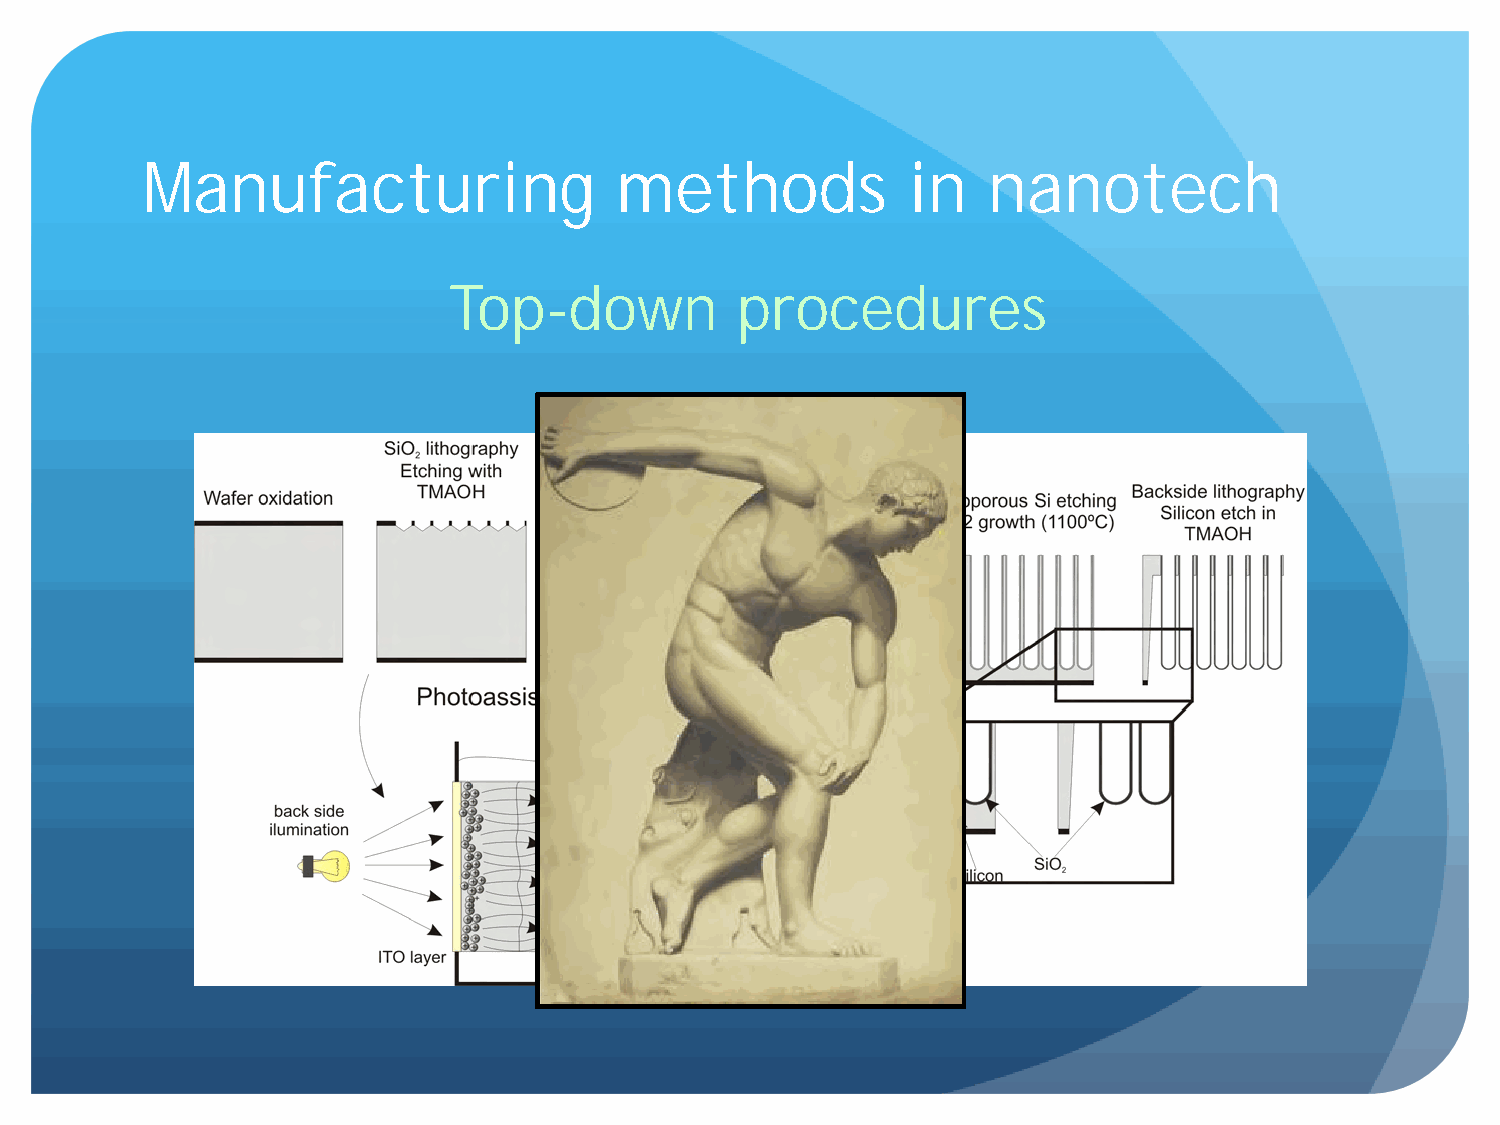
Manufacturing                   methods            in   nanotech
 Top-down           procedures